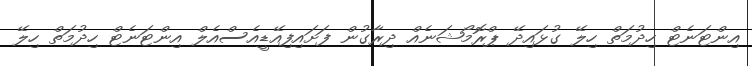
އިންޓަނެޓް ހިދުމަތް ހިލޭ ގުޅައިދޭ ޕްރޮމޯޝަނެއް ދިރާގުން ފަށައިފިއޭޑީއެސްއެލް އިންޓަނެޓް ހިދުމަތް ހިލޭ